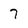
Character: 7